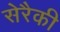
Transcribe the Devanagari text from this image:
सेरैकी